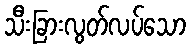
သီးခြားလွတ်လပ်သော